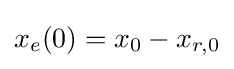
x_{e}(0)=x_{0}-x_{r,0}